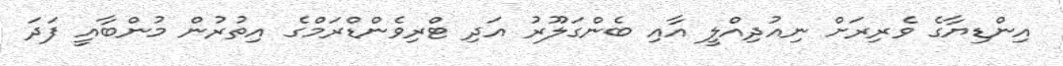
އިންޑިޔާގެ ވެރިރަށް ނިއުދިއްލީ އާއި ބެންގަލޫރު އަދި ޓްރިވެންޑްރަމްގެ އިތުރުން މުންބާއީ ފަދަ